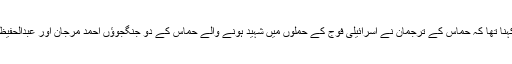
غیر ملکی خبر رساں ادارے کا کہنا تھا کہ حماس کے ترجمان نے اسرائیلی فوج کے حملوں میں شہید ہونے والے حماس کے دو جنگجوؤں احمد مرجان اور عبدالحفیظ کی شہادت کی تصدیق کی تھی۔